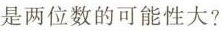
是两位数的可能性大?